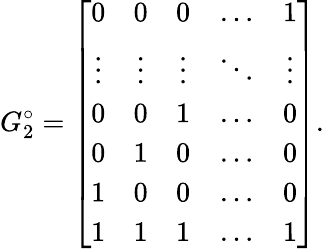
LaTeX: G_{2}^{\circ}=\left[\begin{array}{ccccc}{0}&{0}&{0}&{\ldots}&{1}\\ {\vdots}&{\vdots}&{\vdots}&{\ddots}&{\vdots}\\ {0}&{0}&{1}&{\ldots}&{0}\\ {0}&{1}&{0}&{\ldots}&{0}\\ {1}&{0}&{0}&{\ldots}&{0}\\ {1}&{1}&{1}&{\ldots}&{1}\end{array}\right].